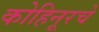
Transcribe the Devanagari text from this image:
कोहिनूरचे